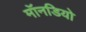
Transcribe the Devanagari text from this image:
मॉनडियो